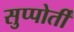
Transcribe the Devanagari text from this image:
सुप्पोर्तीं